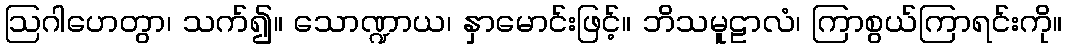
ဩဂါဟေတွာ၊ သက်၍။ သောဏ္ဍာယ၊ နှာမောင်းဖြင့်။ ဘိသမူဠာလံ၊ ကြာစွယ်ကြာရင်းကို။